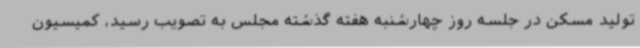
تولید مسکن در جلسه روز چهارشنبه هفته گذشته مجلس به تصویب رسید، کمیسیون